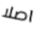
اصلا